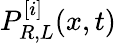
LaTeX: P_{R,L}^{[i]}(x,t)